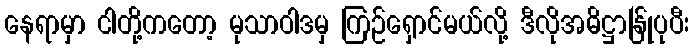
နေရာမှာ ငါတို့ကတော့ မုသာဝါဒမှ ကြဉ်ရှောင်မယ်လို့ ဒီလိုအဓိဋ္ဌာန်ြုပုပီး